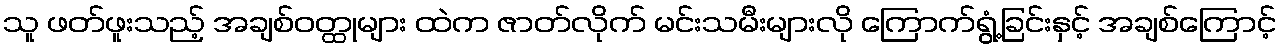
သူ ဖတ်ဖူးသည့် အချစ်ဝတ္ထုများ ထဲက ဇာတ်လိုက် မင်းသမီးများလို ကြောက်ရွံ့ခြင်းနှင့် အချစ်ကြောင့်